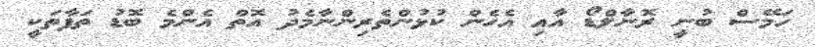
ހަމޭސް ބުނީ ރޮނާލްޑޯ އާއި އެހެން ކުޅުންތެރިންނާމެދު އޮތް އެންމެ ބޮޑު ތަފާތަކީ